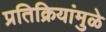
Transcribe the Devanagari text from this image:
प्रतिक्रियांमुळे